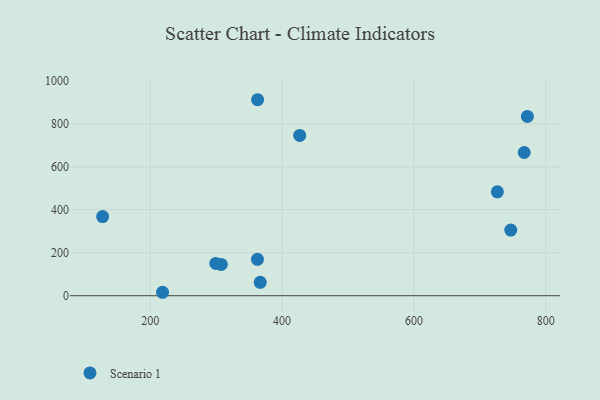
{"axis": {"x": "Price", "y": "Rating"}, "legend": ["Scenario 1"], "data": [{"x": "746.9", "y": 305.4, "type": "Scenario 1"}, {"x": "726.6", "y": 483.5, "type": "Scenario 1"}, {"x": "767.3", "y": 666.4, "type": "Scenario 1"}, {"x": "127.7", "y": 368.4, "type": "Scenario 1"}, {"x": "362.6", "y": 169.5, "type": "Scenario 1"}, {"x": "426.7", "y": 746.1, "type": "Scenario 1"}, {"x": "366.8", "y": 62.4, "type": "Scenario 1"}, {"x": "307.7", "y": 145.5, "type": "Scenario 1"}, {"x": "299.4", "y": 150.4, "type": "Scenario 1"}, {"x": "362.8", "y": 912.1, "type": "Scenario 1"}, {"x": "218.6", "y": 16.0, "type": "Scenario 1"}, {"x": "772.1", "y": 834.5, "type": "Scenario 1"}]}